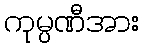
ကုမ္ပဏီအား